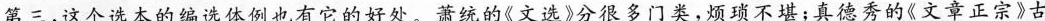
第三，这个选本的编选体例也有它的好处。萧统的《文选》分很多门类，烦琐不堪；真德秀的《文章正宗》古